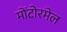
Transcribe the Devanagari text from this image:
मोंटोरमेल